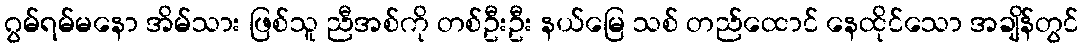
ဂွမ်ရမ်မနော အိမ်သား ဖြစ်သူ ညီအစ်ကို တစ်ဦးဦး နယ်မြေ သစ် တည်ထောင် နေထိုင်သော အချိန်တွင်